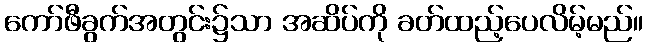
ကော်ဖီခွက်အတွင်း၌သာ အဆိပ်ကို ခတ်ထည့်ပေလိမ့်မည်။